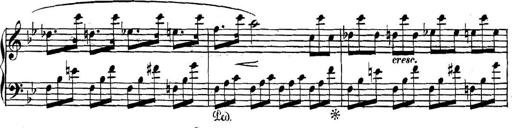
Title: Collected Piano Sonatas
Composer: Muzio Clementi